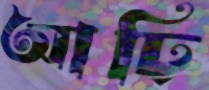
আঢ়ি